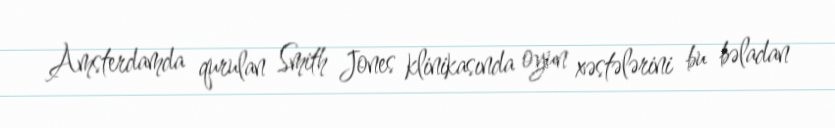
Amsterdamda qurulan Smith Jones klinikasında oyun xəstələrini bu bəladan